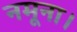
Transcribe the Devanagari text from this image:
नमूना।